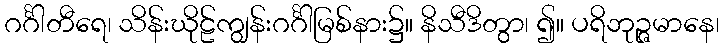
ဂင်္ဂါတီရေ၊ သိန်းဃိုဠ်ကျွန်းဂင်္ဂါမြစ်နား၌။ နိသီဒိတွာ၊ ၍။ ပရိဘုဉ္ဇမာနေ၊